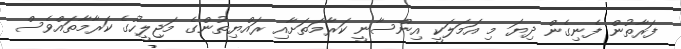
ފަރާތުން ފެނިގެން ދިޔަ މި އަމަލަކީ އިންސާނީ ކަރާމަތަށާއި ރައްޔިތުންގެ މަޖިލީހުގެ ކަރާމާތައްވެސް